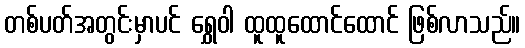
တစ်ပတ်အတွင်းမှာပင် ရွှေဝါ ထူထူထောင်ထောင် ဖြစ်လာသည်။